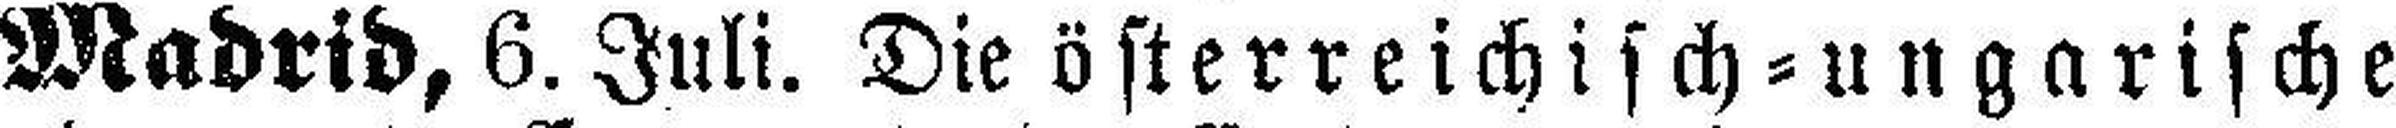
Madrid, 6. Juli. Die österreichisch=ungarische